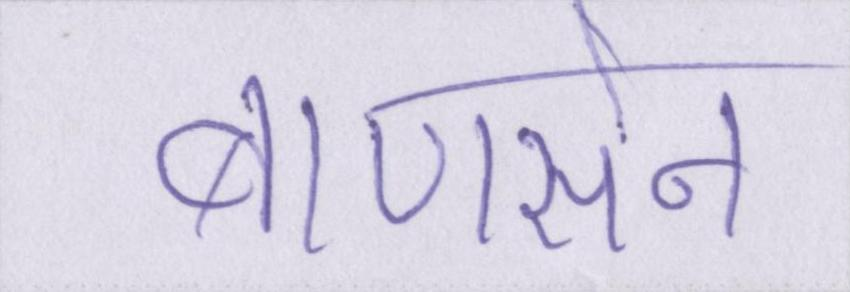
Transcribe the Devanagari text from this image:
बाणसेन